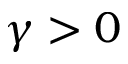
\gamma > 0